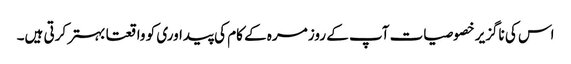
اس کی ناگزیر خصوصیات آپ کے روز مرہ کے کام کی پیداوری کو واقعتا بہتر کرتی ہیں۔